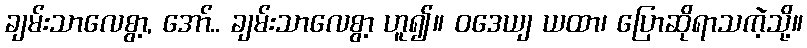
ချမ်းသာလေစွာ့, အော်.. ချမ်းသာလေစွာ့ ဟူ၍။ ဝဒေယျ ယထာ၊ ပြောဆိုရာသကဲ့သို့။